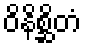
ဝိနိစ္ဆိတံ